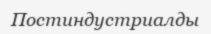
Постиндустриалды